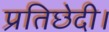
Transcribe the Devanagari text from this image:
प्रतिछेदी।